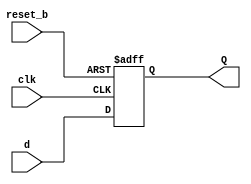
module d_f_ff_b #(parameter FF_TYPE="DFF") (
  input clk,reset_b,
  input  d,
  output  Q  
  );
  reg  Q_next ,Q_reg;
  always @ (posedge clk , negedge reset_b)
begin
  if (!reset_b)
    Q_reg <= -1;
    else
    Q_reg <= Q_next ;
  end
always @ (*)
begin
  if (FF_TYPE=="DFF")
Q_next=d;
else if (FF_TYPE=="TFF")
  Q_next=d^Q_reg;
else
  Q_next=Q_next;
end
assign Q = Q_reg;

endmodule